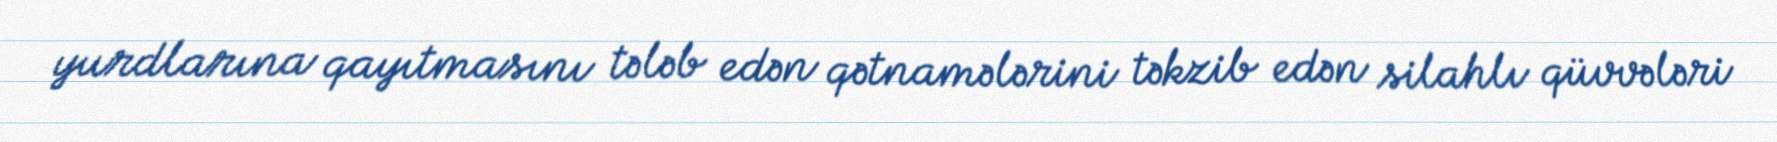
yurdlarına qayıtmasını tələb edən qətnamələrini təkzib edən silahlı qüvvələri